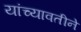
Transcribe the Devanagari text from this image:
यांच्यावतीने